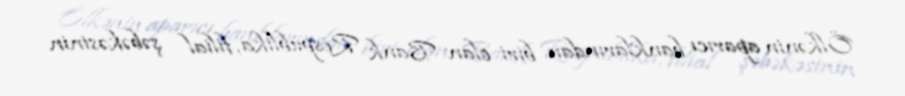
Ölkənin aparıcı banklarından biri olan Bank Respublika, filial şəbəkəsinin